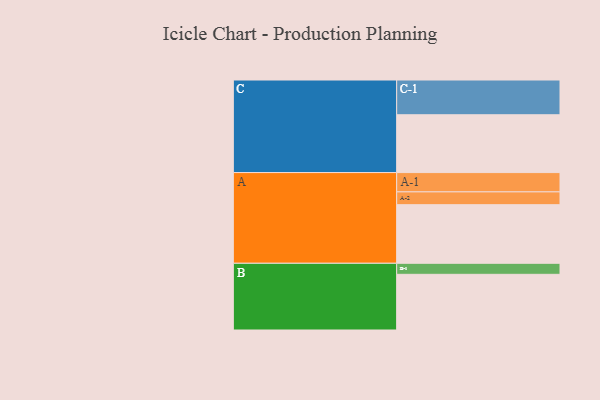
{"axis": {"x": "Segment", "y": "Value"}, "legend": ["", "A", "B", "C"], "data": [{"x": "A", "y": 462, "type": ""}, {"x": "B", "y": 439, "type": ""}, {"x": "C", "y": 456, "type": ""}, {"x": "A-1", "y": 152, "type": "A"}, {"x": "A-2", "y": 101, "type": "A"}, {"x": "B-1", "y": 87, "type": "B"}, {"x": "C-1", "y": 274, "type": "C"}]}